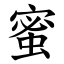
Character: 蜜